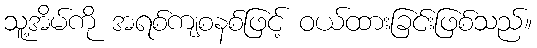
သူ့အိမ်ကို အရစ်ကျစနစ်ဖြင့် ဝယ်ထားခြင်းဖြစ်သည်။